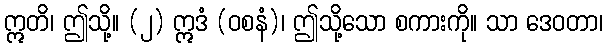
ဣတိ၊ ဤသို့။ (၂) ဣဒံ (ဝစနံ)၊ ဤသို့သော စကားကို။ သာ ဒေဝတာ၊